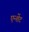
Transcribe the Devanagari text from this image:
एन्शेंट